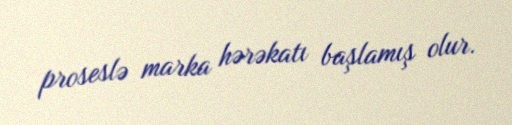
proseslə marka hərəkatı başlamış olur.